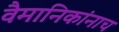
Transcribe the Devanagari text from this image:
वैमानिकांनाच